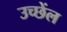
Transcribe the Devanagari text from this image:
उच्छेंल